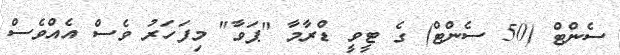
ސެންޓް (50 ސެންޓް) ގެ ޓީވީ ޑްރާމާ "ޕަވާ" މިފަހަރު ވެސް އެއްވެސް